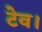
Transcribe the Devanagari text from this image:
टेव।